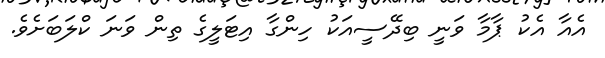
އެއާ އެކު ޕާމާ ވަނީ ބިދޭސީއަކު ހިންގާ އިޓަލީގެ ތިން ވަނަ ކްލަބަށެވެ.